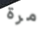
مرة